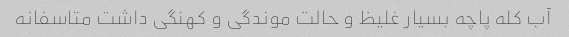
آب کله پاچه بسیار غلیظ و حالت موندگی و کهنگی داشت متاسفانه